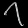
Digit: ၇